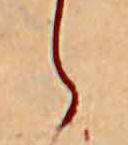
ら